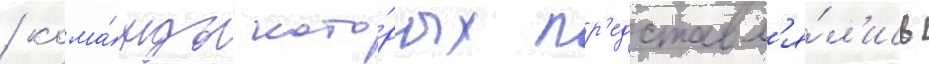
/ кома́нды кото́рых пр'едставл'я́л'ись